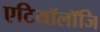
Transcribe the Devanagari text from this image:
एटियॉलॉजि